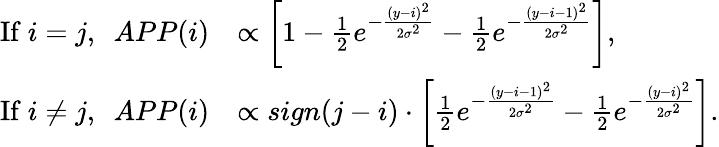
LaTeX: \begin{array}{rl}{\mathrm{If}~i=j,~~APP(i)}&{\propto\left[1-\frac{1}{2}e^{-\frac{(y-i)^{2}}{2\sigma^{2}}}-\frac{1}{2}e^{-\frac{(y-i-1)^{2}}{2\sigma^{2}}}\right],}\\ {\mathrm{If}~i\ne j,~~APP(i)}&{\propto sign(j-i)\cdot\left[\frac{1}{2}e^{-\frac{(y-i-1)^{2}}{2\sigma^{2}}}-\frac{1}{2}e^{-\frac{(y-i)^{2}}{2\sigma^{2}}}\right].}\end{array}